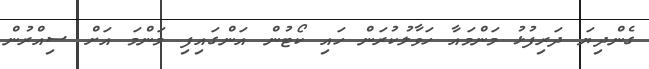
ގެންދިޔަ ދަރިފުޅު މަންމައާ ހަވާލުކުރަން ހައި ކޯޓުން އަންގައިފި މަންމަ އަށް ސިއްރުން